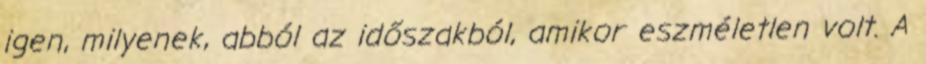
igen, milyenek, abból az időszakból, amikor eszméletlen volt. A